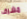
مشرف